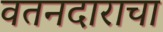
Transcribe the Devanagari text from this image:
वतनदाराचा